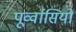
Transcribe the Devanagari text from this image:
पूर्व्वासियों